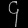
Digit: ၄